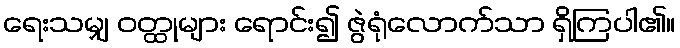
ရေးသမျှ ဝတ္ထုများ ရောင်း၍ ဇွဲရုံလောက်သာ ရှိကြပါ၏။